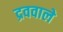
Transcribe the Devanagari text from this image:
द्रववाले